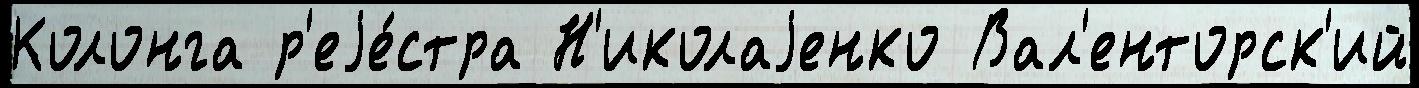
Колонга р'еjе́стра Н'иколаjенко Вал'енторск'ий